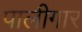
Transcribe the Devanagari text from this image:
पालीगार